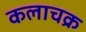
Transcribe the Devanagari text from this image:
कलाचक्र